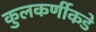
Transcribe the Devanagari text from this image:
कुलकर्णीकडे